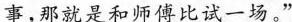
事，那就是和师傅比试一场。”